Report of an investigation of the epidemic of malarial fever in Assam, or, kala-azar
Disease focus: Malaria
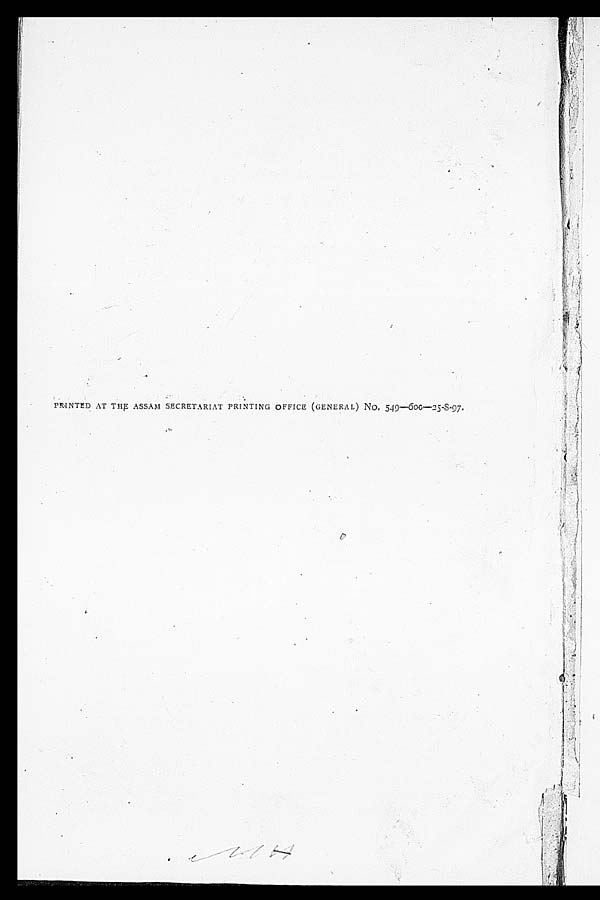
PRINTED AT THE ASSAM SECRETARIAT PRINTING OFFICE (GENERAL) No, 549-600-25-8-97.